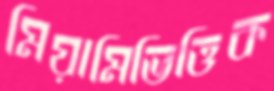
মিয়ামিভিত্তিক